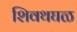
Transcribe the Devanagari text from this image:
शिवथघळ